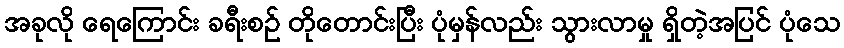
အခုလို ရေကြောင်း ခရီးစဉ် တိုတောင်းပြီး ပုံမှန်လည်း သွားလာမှု ရှိတဲ့အပြင် ပုံသေ